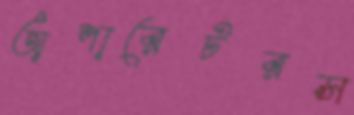
অপারেটরস